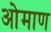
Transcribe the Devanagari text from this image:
ओमाण